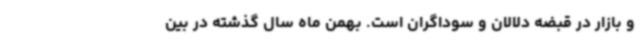
و بازار در قبضه دلالان و سوداگران است. بهمن ماه سال گذشته در بین